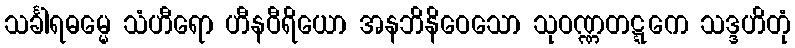
သင်္ခါရဓမ္မေ သံဟီရော ဟီနဝီရိယော အနဘိနိဝေသော သုဝဏ္ဏတဋ္ဋကေ သဒ္ဒဟိတုံ